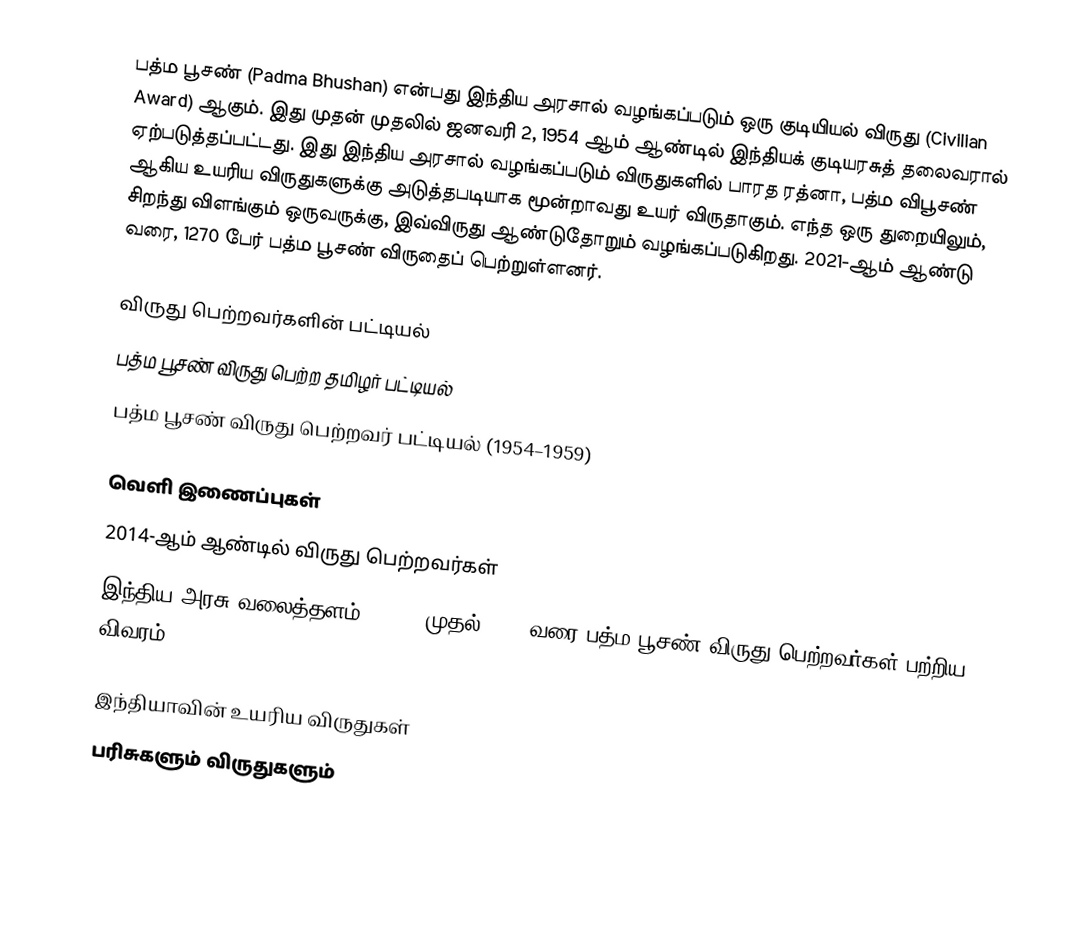
பத்ம பூசண் (Padma Bhushan) என்பது இந்திய அரசால் வழங்கப்படும் ஒரு குடியியல் விருது (Civilian Award) ஆகும். இது முதன் முதலில் ஜனவரி 2, 1954 ஆம் ஆண்டில் இந்தியக் குடியரசுத் தலைவரால் ஏற்படுத்தப்பட்டது. இது இந்திய அரசால் வழங்கப்படும் விருதுகளில் பாரத ரத்னா, பத்ம விபூசண் ஆகிய உயரிய விருதுகளுக்கு அடுத்தபடியாக மூன்றாவது உயர் விருதாகும். எந்த ஒரு துறையிலும், சிறந்து விளங்கும் ஒருவருக்கு, இவ்விருது ஆண்டுதோறும் வழங்கப்படுகிறது. 2021-ஆம் ஆண்டு வரை, 1270 பேர் பத்ம பூசண் விருதைப் பெற்றுள்ளனர்.

விருது பெற்றவர்களின் பட்டியல்
பத்ம பூசண் விருது பெற்ற தமிழர் பட்டியல்
 பத்ம பூசண் விருது பெற்றவர் பட்டியல் (1954–1959)

வெளி இணைப்புகள்
 2014-ஆம் ஆண்டில் விருது பெற்றவர்கள்
 இந்திய அரசு வலைத்தளம் - 1954 முதல் 2013 வரை பத்ம பூசண் விருது பெற்றவர்கள் பற்றிய விவரம்

இந்தியாவின் உயரிய விருதுகள்
பரிசுகளும் விருதுகளும்